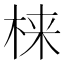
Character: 梾